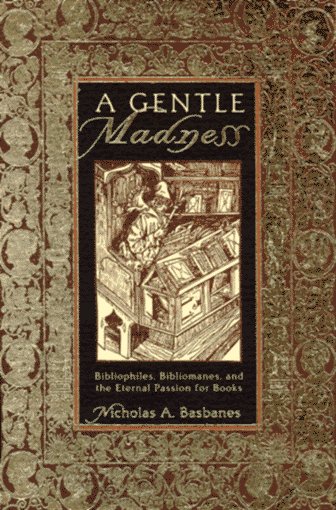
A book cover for A Gentle Madness: Bibliophiles, Bibliomanes, and the Eternal Passion for Books; Nicholas A. Basbanes; Crafts, Hobbies & Home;